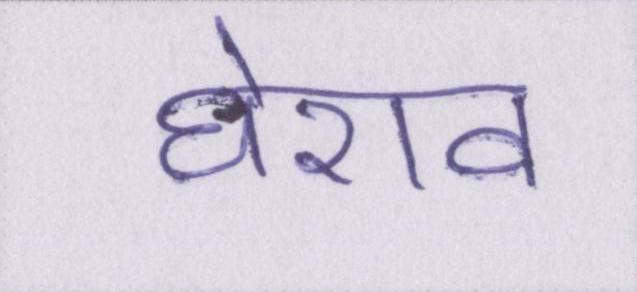
घेराव